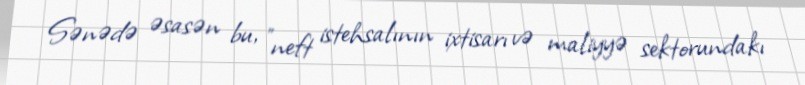
Sənədə əsasən bu, "neft istehsalının ixtisarı və maliyyə sektorundakı